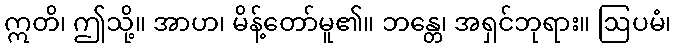
ဣတိ၊ ဤသို့။ အာဟ၊ မိန့်တော်မူ၏။ ဘန္တေ၊ အရှင်ဘုရား။ ဩပမံ၊